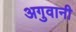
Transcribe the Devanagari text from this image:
अगुवानी